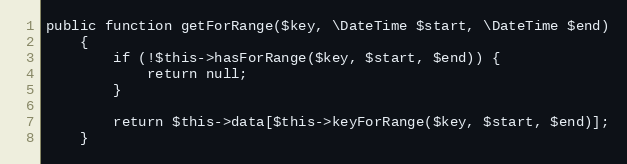
Language: PHP
public function getForRange($key, \DateTime $start, \DateTime $end)
    {
        if (!$this->hasForRange($key, $start, $end)) {
            return null;
        }

        return $this->data[$this->keyForRange($key, $start, $end)];
    }